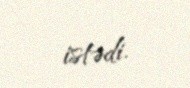
istədi.